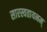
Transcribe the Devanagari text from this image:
सारस्वतायनम्